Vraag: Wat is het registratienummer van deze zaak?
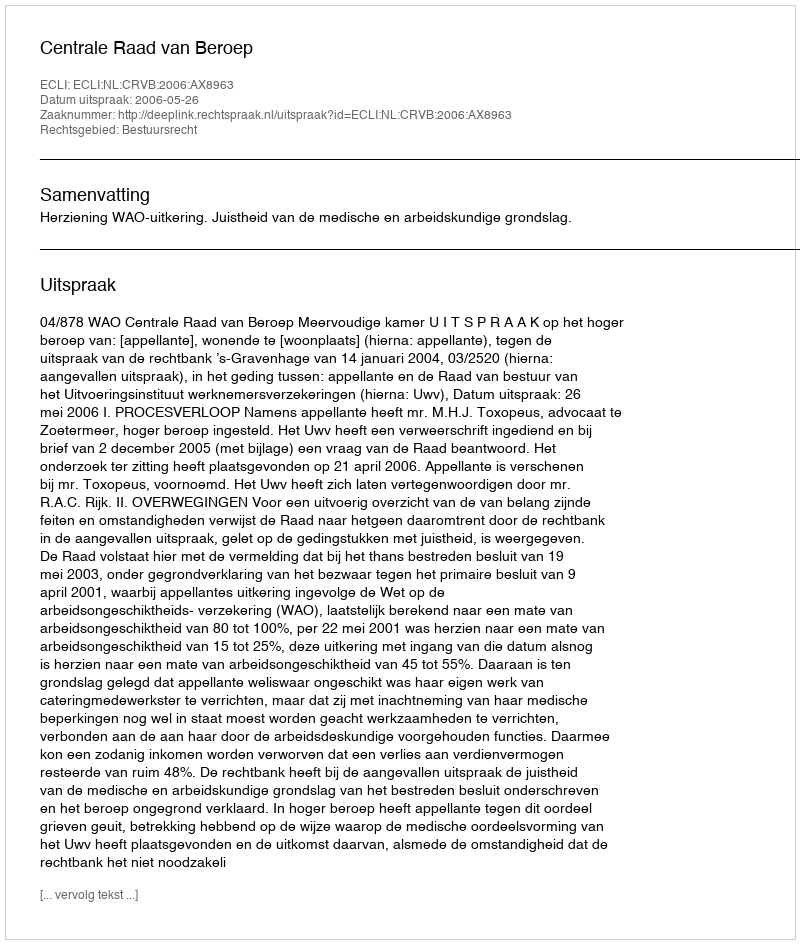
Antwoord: http://deeplink.rechtspraak.nl/uitspraak?id=ECLI:NL:CRVB:2006:AX8963